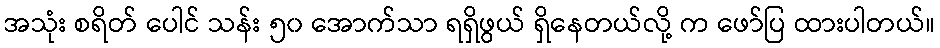
အသုံး စရိတ် ပေါင် သန်း ၅၀ အောက်သာ ရရှိဖွယ် ရှိနေတယ်လို့ က ဖော်ပြ ထားပါတယ်။